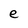
Character: e